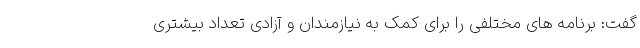
گفت: برنامه های مختلفی را برای کمک به نیازمندان و آزادی تعداد بیشتری